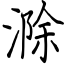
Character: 滁